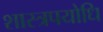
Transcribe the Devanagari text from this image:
शास्त्रपयोधि